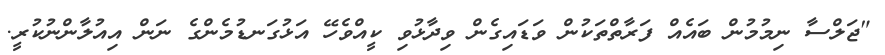
"ޖަލްސާ ނިމުމުން ބައެއް ފަރާތްތަކުން ވަޑައިގެން ވިދާޅުވި ކީއްވެހޭ އަޅުގަނޑުމެންގެ ނަން އިއުލާންނުކުރީ.